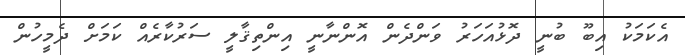
އެކަމަކު އިބޫ ބުނީ ދޮޅުއަހަރު ވަންދެން އޮންނާނީ އިންތިޤާލީ ސަރުކާރެއް ކަމަށް ދެމީހުން